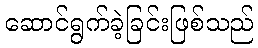
ဆောင်ရွက်ခဲ့ခြင်းဖြစ်သည်